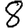
Digit: 8